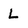
Character: L